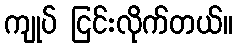
ကျုပ် ငြင်းလိုက်တယ်။